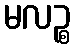
မလဉ္စ